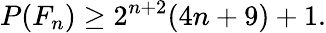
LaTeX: P(F_{n})\geq 2^{n+2}(4n+9)+1.